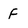
Character: F